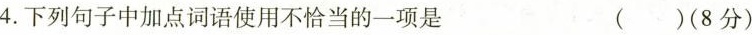
4.下列句子中加点词语使用不恰当的一项是（）(8分)